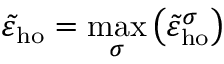
\tilde { \varepsilon } _ { \mathrm { h o } } = \operatorname* { m a x } _ { \sigma } \left( \tilde { \varepsilon } _ { \mathrm { h o } } ^ { \sigma } \right)